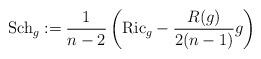
LaTeX: \begin{align*}{\rm Sch}_g := \frac{1}{n-2}\left( {\rm Ric}_g - \frac{R(g)}{2(n-1)}g\right) \end{align*}